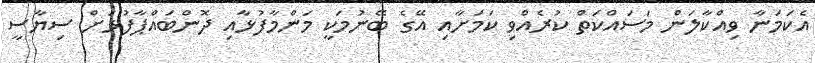
އެކަމަނާ ވިއްކާލަން މަސައްކަތް ކުރެއްވި ކަމަށާއި އޭގެ ބޭނުމަކީ މަންމާފުޅާއި ދޮންބައްޕާފުޅަށް ސިޔާސީ